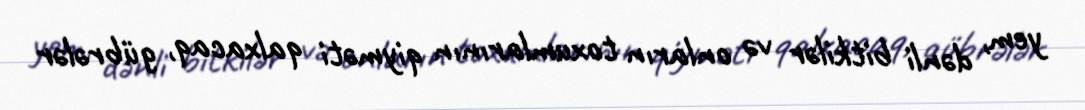
yem, dənli bitkilər və onların toxumlarının qiyməti qalxacaq, gübrələr